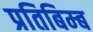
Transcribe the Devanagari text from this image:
प्रतिबिम्‍ब